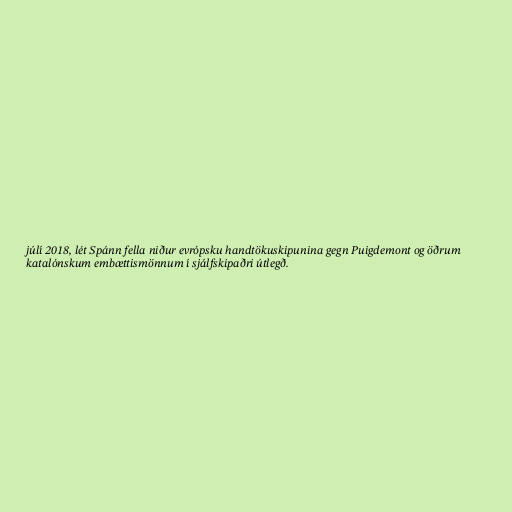
júlí 2018, lét Spánn fella niður evrópsku handtökuskipunina gegn Puigdemont og öðrum
katalónskum embættismönnum í sjálfskipaðri útlegð.